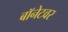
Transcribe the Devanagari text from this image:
बॉनेटवर